Vaccine operations Central Provinces 1886-1899 - 1886-1899
Year: 1886
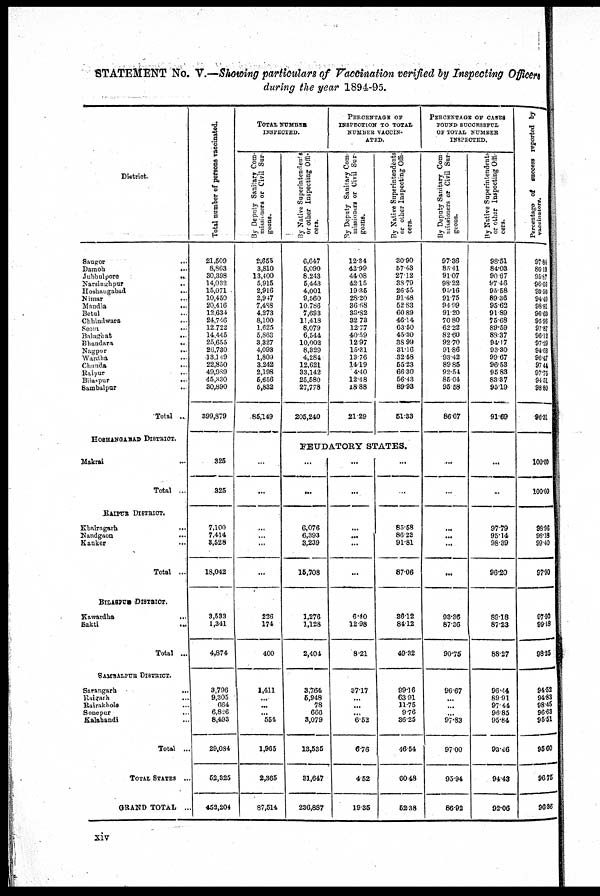
STATEMENT No. V.—Showing particulars of Vaccination verified by Inspecting Officers
during the year 1894-95.
District.
Saugor
...
Damoh
...
Jubbulpore
..
Narsinghpur
..
Hoshangabad
...
Nimar
...
Mandla
...
Betul ...
Chhindwara ...
Seom ...
Balasghat ...
Bhandara
..
Nagpur
...
Wardha ...
Chanda
...
Raipur
...
Bilaspur
..
Sambalpar
..
Total ..
HOSHAHGABAD DISTRICT.
Makrai
...
Total ...
RAIPUR DISTRICT.
Khairagarh
...
Nandgaon
...
Kanker
...
Total ...
BILASPUR DISTRICT.
Kawardha
...
Sakti
...
Total ...
SAMBALPUR DISTRICT.
Sarangarh
...
Raitgarh ...
Rairakhola
..
Sonepur ...
Kalahandi ...
Total ..
TOTAL STATES ...
GRAND TOTAL ..
Total number of persons vaccinated.
21,509
8,863
80,398
14,032
15,071
10,450
20,416
12,634
24,746
12,722
14,445
25,655
26,730
33,149
22,850
49,989
45,330
30,890
399,879
325
325
7,100
7,414
8,528
18,042
8,533
1,341
4,874
8,796
9,305
664
6,826
8,493
29,084
52,325
452,204
TOTAL NUMBER
INSPECTED.
By Deputy Sanitary Com¬
missioners or Civil Sur-
geons.
2,655
8,810
13,400
5,915
2,916
2,947
7,488
4,273
8,100
1,625
5,863
3,327
4,093
1,803
3,242
2,198
5,656
5,832
85,149
...
...
...
...
...
...
226
174
400
1,411
...
...
...
554
1,965
2,365
87,514
By Native Superintendents
or other Inspecting Offi-
cers.
6,647
5,090
8,243
5,443
4,001
9,560
10,786
7,633
11,418
8,079
6,544
10,002
8,329
4,284
12,621
33,142
25,580
27,778
205,240
PERCENATGE OF
INSPECTION TO TOTAL
NUMBER VACCIN-
ATED.
By Deputy Sanitary Com-
missioners or Civil Sur-
geons.
12.34
42.99
44.08
42.15
19.35
28.20
36.68
33.82
32.73
12.77
40.59
12.97
15.31
13.76
14.19
4.40
12.48
18.88
21.29
By Native Superintendents
or other Inspecting Offi-
cers.
30.90
57.43
27.12
38.79
26.55
91.48
52.83
60.89
46.14
63.50
45.30
38.99
31.16
32.58
55.23
66.30
56.43
89.93
51.33
FEUDATORY STATES.
...
...
6,076
6,393
3,239
16,708
1,276
1,128
2,404
3,764
5,948
78
666
8,079
13,535
31,647
236,887
...
...
...
...
...
...
6.40
12.98
8.21
37.17
...
...
...
6.52
6.76
4.52
19.35
...
...
85.58
86.23
91.81
87.06
86.12
84.12
49.32
99.16
63.91
11.75
9.76
36.25
46.54
60.48
62.38
PERCENTAGE OF CASES
FOUND SUCCESSFUL
OF TOTAL NUMBER
INSPECTED.
By Deputy Sanitary Com
missioners
or Civil Sur-
geons.
97.36
85.41
91.07
98.22
95.16
91.75
94.99
91.20
70.80
62.22
82.60
92.70
91.86
93.42
89.85
92.54
85.04
95.58
86.67
...
...
...
...
...
...
93.36
87.36
90.76
96.67
...
...
...
97.83
97.00
95.94
86.92
By Native Superintendents
or other Inspecting Offi-
cers.
98.51
84.03
90.67
97.46
95.58
89.36
95.62
91.89
75.68
89.59
83.37
94.17
93.80
99.67
96.53
95.83
83.37
95.19
91.69
...
..
97.79
95.14
98.39
96.20
89.18
87.23
88.27
96.44
89.91
97.44
96.85
95.84
93.46
94.43
92.06
Percentage of success reported by
vaccinators.
97.84
86.19
95.87
96.66
93.30
94.40
98.81
96.00
95.96
97.87
96.12
97.29
94.68
96.47
97.44
97.75
94.51
98.80
96.31
100.00
100.00
98.96
96.18
99.40
97.90
97.90
99.18
98.25
94.52
94.83
98.45
96.63
95.51
95.60
96.75
96.96
xiv